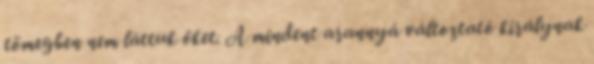
tömegben nem láttuk őket. A mindent arannyá változtató királynak